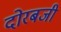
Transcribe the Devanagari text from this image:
दोरबजी